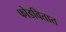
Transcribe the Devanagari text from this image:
फोडवितात